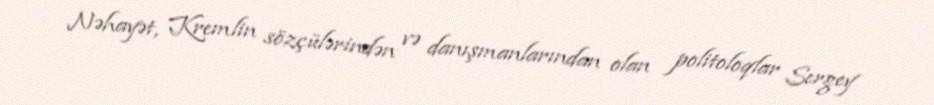
Nəhayət, Kremlin sözçülərindən və danışmanlarından olan politoloqlar Sergey